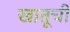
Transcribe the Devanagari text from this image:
खातूची